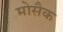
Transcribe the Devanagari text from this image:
मोसैक